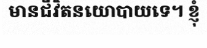
មានជីវិតនយោបាយទេ។ ខ្ញុំ